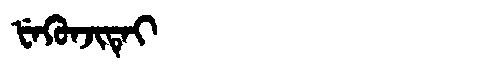
Manchu: ᡶᡝᡴᡠᠨᠵᡳᡨᡝᡳ
Romanization: FEKUNJITEI